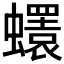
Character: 𧔘